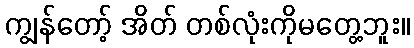
ကျွန်တော့် အိတ် တစ်လုံးကိုမတွေ့ဘူး။